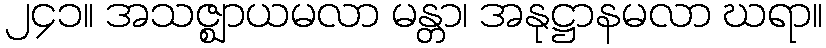
၂၄၁။ အသဇ္ဈာယမလာ မန္တာ၊ အနုဋ္ဌာနမလာ ဃရာ။